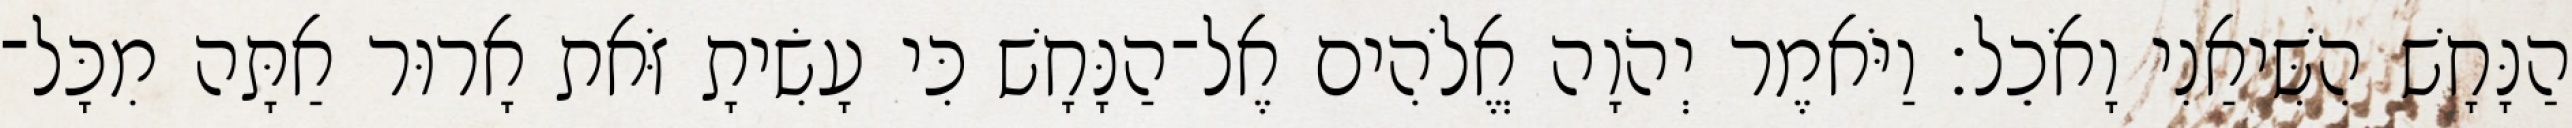
הַנָּחָשׁ הִשִּׁיאַנִי וָאֹכֵל׃ וַיֹּאמֶר יְהֹוָה אֱלֹהִים אֶל־הַנָּחָשׁ כִּי עָשִׂיתָ זֹּאת אָרוּר אַתָּה מִכָּל־